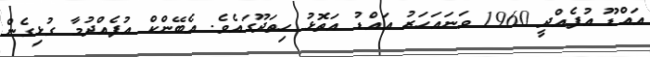
އައްޑޫ އުފެއްދީ 1960 ވަނައަހަރު އައްޑު އަތޮޅު ހިތަދޫގައެވެ. އެބޭންކް އުފެއްދުމާ ގުޅިގެން